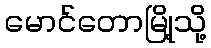
မောင်တောမြို့သို့